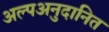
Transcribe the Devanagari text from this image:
अल्पअनुदानित